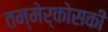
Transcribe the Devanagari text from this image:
तम्मेर्कोसकी